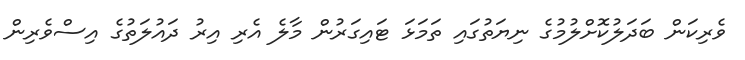
ވެރިކަން ބަދަލުކޮށްލުމުގެ ނިޔަތުގައި ތަމަޅަ ޓައިގަރުން މާލެ އެރި އިރު ދައުލަތުގެ އިސްވެރިން